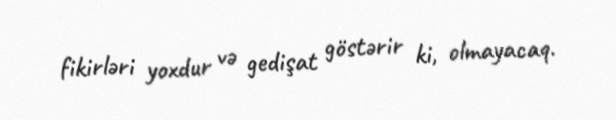
fikirləri yoxdur və gedişat göstərir ki, olmayacaq.